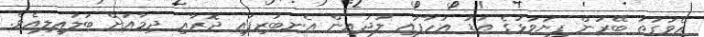
އެވަގުތު ބޭރުން ފިޔަވަޅުގެ އަޑު އަހާފައި ލުޖައިން އެނބުރިފައި ދޮރާއި ދިމާއަށް ބަލައިލިއެވެ.